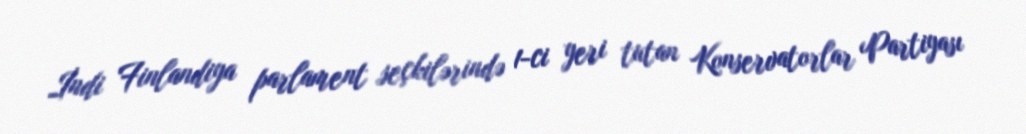
İndi Finlandiya parlament seçkilərində 1-ci yeri tutan Konservatorlar Partiyası